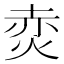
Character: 𭴩